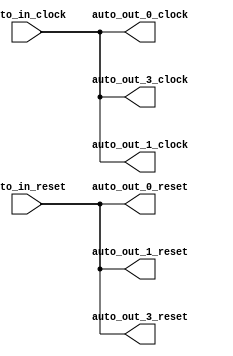
module FixedClockBroadcast_3(
  input   auto_in_clock,
  input   auto_in_reset,
  output  auto_out_3_clock,
  output  auto_out_3_reset,
  output  auto_out_1_clock,
  output  auto_out_1_reset,
  output  auto_out_0_clock,
  output  auto_out_0_reset
);
  assign auto_out_3_clock = auto_in_clock; // @[Nodes.scala 1210:84 LazyModule.scala 309:16]
  assign auto_out_3_reset = auto_in_reset; // @[Nodes.scala 1210:84 LazyModule.scala 309:16]
  assign auto_out_1_clock = auto_in_clock; // @[Nodes.scala 1210:84 LazyModule.scala 309:16]
  assign auto_out_1_reset = auto_in_reset; // @[Nodes.scala 1210:84 LazyModule.scala 309:16]
  assign auto_out_0_clock = auto_in_clock; // @[Nodes.scala 1210:84 LazyModule.scala 309:16]
  assign auto_out_0_reset = auto_in_reset; // @[Nodes.scala 1210:84 LazyModule.scala 309:16]
endmodule